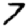
Digit: 7